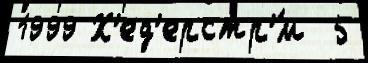
1999 Х'ед'ерстр'́м  5